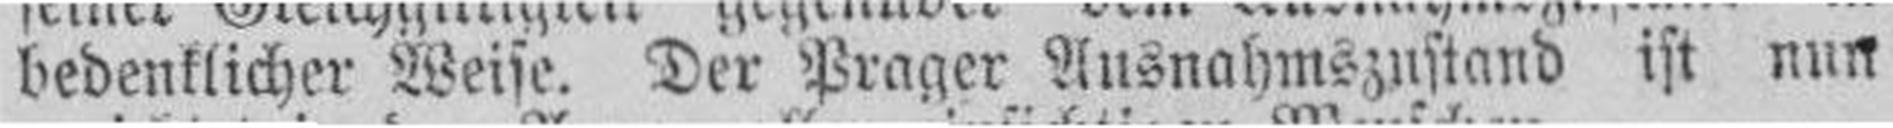
bedenklicher Weise. Der Prager Ausnahmszustand ist nun